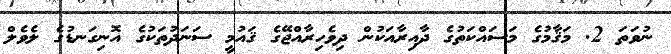
ނުވަތަ 2. މަޤާމުގެ މަސައްކަތުގެ ދާއިރާއަކުން ދިވެހިރާއްޖޭގެ ޤައުމީ ސަނަދުތަކުގެ އޮނިގަނޑުގެ ލެވެލް